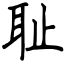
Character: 耻